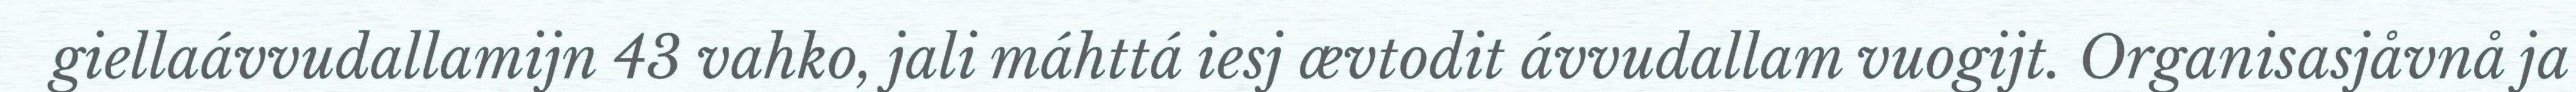
giellaávvudallamijn 43 vahko, jali máhttá iesj ævtodit ávvudallam vuogijt. Organisasjåvnå ja